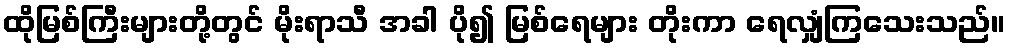
ထိုမြစ်ကြီးများတို့တွင် မိုးရာသီ အခါ ပို၍ မြစ်ရေများ တိုးကာ ရေလျှံကြသေးသည်။